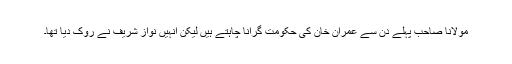
مولانا صاحب پہلے دن سے عمران خان کی حکومت گرانا چاہتے ہیں لیکن انہیں نواز شریف نے روک دیا تھا۔